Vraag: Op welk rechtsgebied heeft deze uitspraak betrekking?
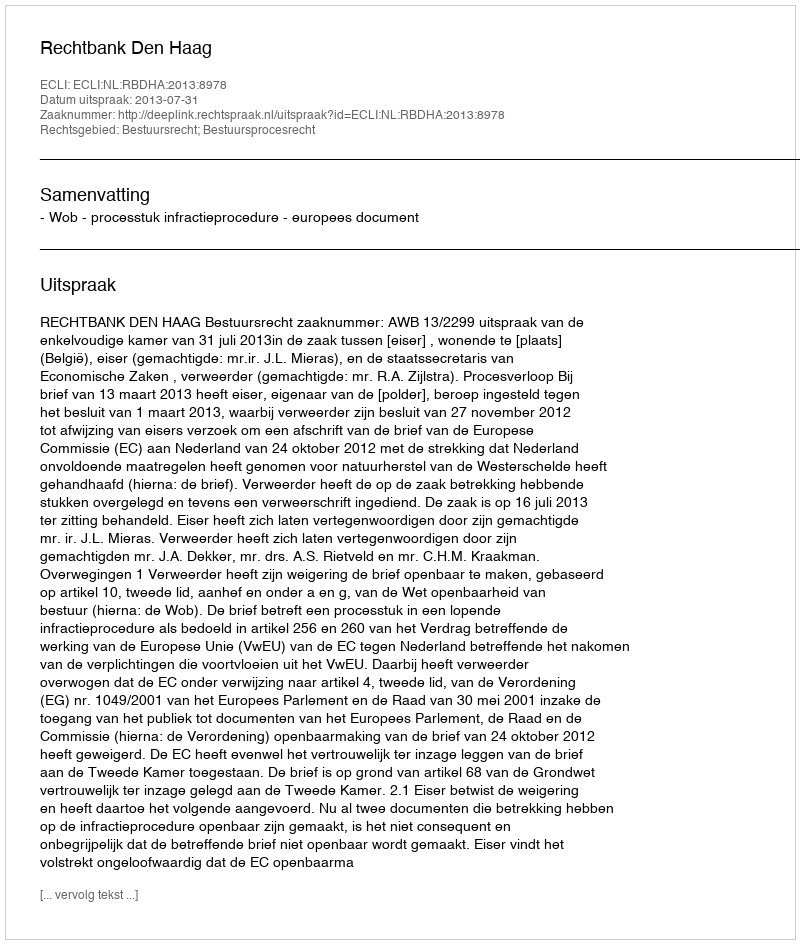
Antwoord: Bestuursrecht; Bestuursprocesrecht